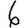
Digit: 6